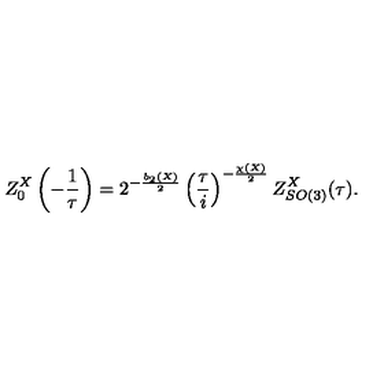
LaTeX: Z _ { 0 } ^ { X } \left( - \frac { 1 } { \tau } \right) = 2 ^ { - \frac { b _ { 2 } ( X ) } { 2 } } \left( \frac { \tau } { i } \right) ^ { - \frac { \chi ( X ) } { 2 } } Z _ { S O ( 3 ) } ^ { X } ( \tau ) .